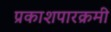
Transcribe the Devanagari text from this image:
प्रकाशपारक्रमी